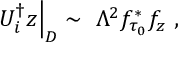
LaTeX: U _ { i } ^ { \dagger } z \Big | _ { D } \sim \ \Lambda ^ { 2 } f _ { \tau _ { 0 } } ^ { * } f _ { z } \ ,